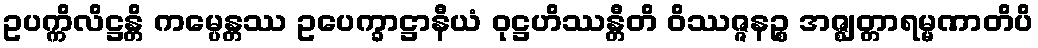
ဥပက္ကိလိဋ္ဌန္တိ ကမ္ပေန္တဿ ဥပေက္ခာဋ္ဌာနီယံ ဝုဋ္ဌဟိဿန္တီတိ ဝိဿဇ္ဇနဉ္စ အဇ္ဈတ္တာရမ္မဏာတိပိ